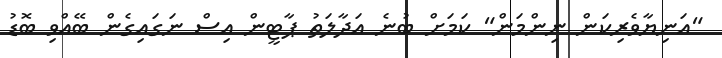
"އަނިޔާވެރިކަން ނިންމަން" ކަމަށް ބުނެ އަދާލަތު ޕާޓީން އިސް ނަގައިގެން ބޭއްވި ބޮޑު